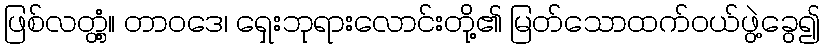
ဖြစ်လတ္တံ့။ တာဝဒေ၊ ရှေးဘုရားလောင်းတို့၏ မြတ်သောထက်ဝယ်ဖွဲ့ခွေ၍